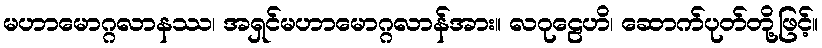
မဟာမောဂ္ဂလာနဿ၊ အရှင်မဟာမောဂ္ဂလာန်အား။ လဂုဠေဟိ၊ ဆောက်ပုတ်တို့ဖြင့်။